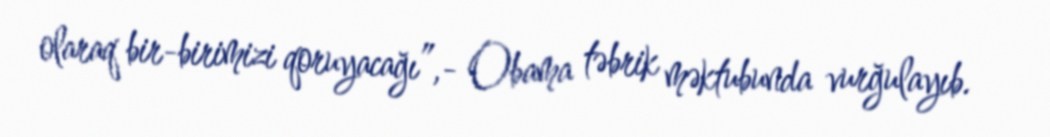
olaraq bir-birimizi qoruyacağı”,- Obama təbrik məktubunda vurğulayıb.